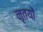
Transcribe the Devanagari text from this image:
नृतयों